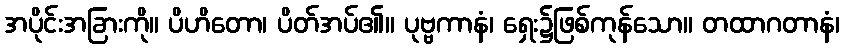
အပိုင်းအခြားကို။ ပိဟိတော၊ ပိတ်အပ်၏။ ပုဗ္ဗကာနံ၊ ရှေး၌ဖြစ်ကုန်သော။ တထာဂတာနံ၊